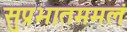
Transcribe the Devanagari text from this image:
सुप्रभातममलं